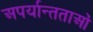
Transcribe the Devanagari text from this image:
अपर्यान्तताओं